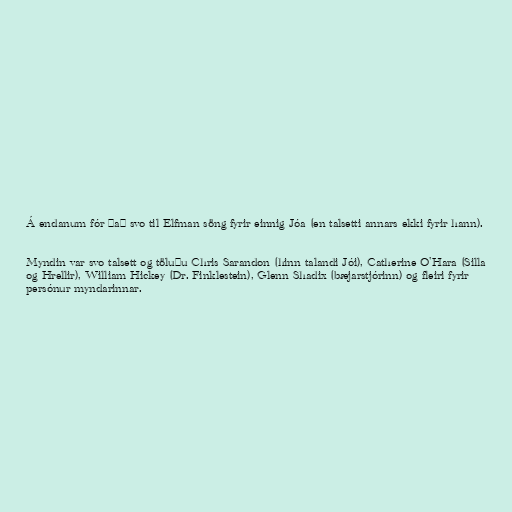
Á endanum fór það svo til Elfman söng fyrir einnig Jóa (en talsetti annars ekki fyrir hann).

Myndin var svo talsett og töluðu Chris Sarandon (hinn talandi Jói), Catherine O'Hara (Silla
og Hrellir), William Hickey (Dr. Finklestein), Glenn Shadix (bæjarstjórinn) og fleiri fyrir
persónur myndarinnar.